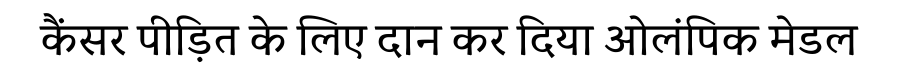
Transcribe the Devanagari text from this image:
कैंसर पीड़ित के लिए दान कर दिया ओलंपिक मेडल